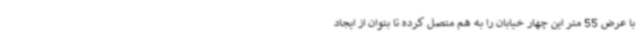
با عرض 55 متر این چهار خیابان را به هم متصل کرده تا بتوان از ایجاد